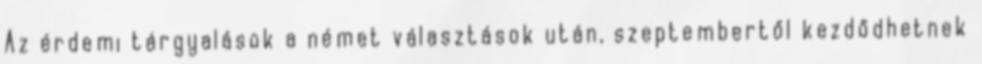
Az érdemi tárgyalások a német választások után, szeptembertől kezdődhetnek